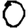
Digit: 0